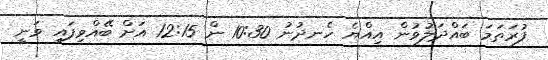
ފުރަތަމަ ބައްދަލުވުން އިއްޔެ ހެނދުނު 10:30 ން 12:15 އަށް ބޭއްވިފައި ވަނީ